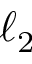
\ell _ { 2 }